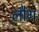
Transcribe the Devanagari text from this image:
लौग